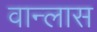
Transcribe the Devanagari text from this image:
वान्लास